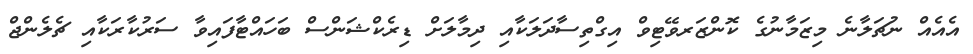
އެއެއް ނުޗަލާނެ މިޒަމާނުގެ ކޮންޒަރވޭޓިވް އިގްތިސާދަލަކާއި ދިމާލަށް ޑިރެކްޝަންސް ބަހައްޓާފައިވާ ސަރުކާރަކާއި ޗެލެންޖް